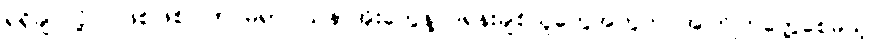
ရရှိချင်လို့ပဲ ဖြစ်ဖြစ်၊ ကင်မရာဝါသနာအိုးတွေနဲ့ ဒရုန်းချစ်သူတွေအတွက် အကြိုက်တွေ့စေမယ့်